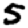
Digit: 5